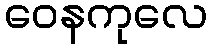
ဝေနကုလေ